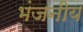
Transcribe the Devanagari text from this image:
भंजनीय